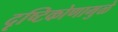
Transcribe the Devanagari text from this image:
दृष्टिकोणामुळे